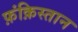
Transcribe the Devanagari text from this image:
फ़ंक़िस्तान